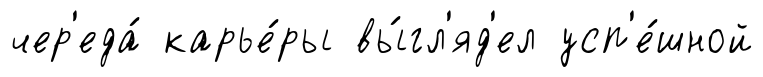
чер'еда́ карье́ры вы́гл'яд'ел усп'е́шной